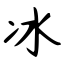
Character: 冰